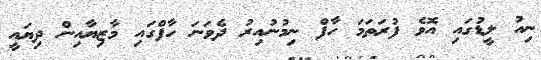
ނިއު ލީޑުގައި އޮވެ ފުރަތަމަ ހާފް ނިމުނުއިރު ދެވަނަ ހާފްގައި މާޒިޔާއިން ދިޔައީ